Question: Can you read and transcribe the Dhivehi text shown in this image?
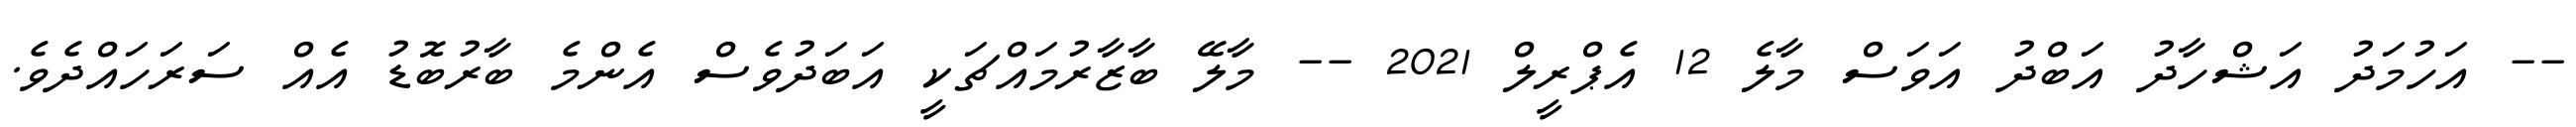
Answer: -- އަހުމަދު އަޝްހާދު އަބްދު އަވަސް މާލެ 12 އެޕްރީލް 2021 -- މާލޭ ބާޒާރުމައްޗަކީ އަބަދުވެސް އެންމެ ބާރުބޮޑު އެއް ސަރަހައްދެވެ.